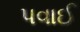
પવાઈ